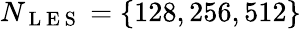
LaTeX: N_{\mathrm{~L~E~S~}}=\{ 128,256,512\}